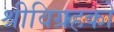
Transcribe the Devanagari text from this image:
श्रीविग्रहको